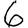
Digit: 6